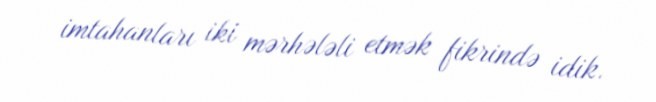
imtahanları iki mərhələli etmək fikrində idik.